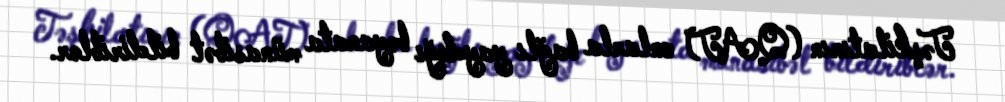
Təşkilatının (QAT) onlarla bağlı yaydığı bəyanata münasibət bildiriblər.